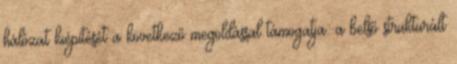
hálózat kiépítését a következő megoldással támogatja: a belső strukturált